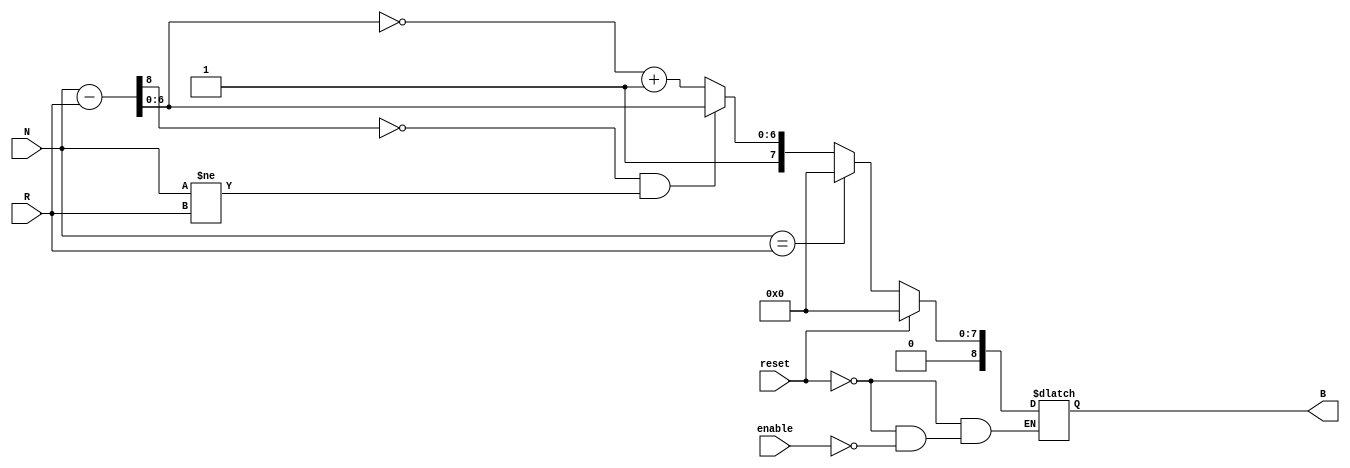
module RelativeEncoder #(
    parameter N_BITS = 8,       // Number of bits for position inputs and output
    parameter OUTPUT_BITS = N_BITS + 1 // Output bits to include direction
)(
    input wire [N_BITS-1:0] N,  // Current position input
    input wire [N_BITS-1:0] R,  // Reference position input
    input wire enable,           // Enable signal
    input wire reset,            // Reset signal
    output reg [OUTPUT_BITS-1:0] B // Binary output
);

// Internal signals for comparison
wire [N_BITS:0] difference; // To hold the difference
wire is_greater;            // Flag for N > R
wire is_equal;              // Flag for N == R

// Calculate the difference
assign difference = N - R;

// Determine comparison results
assign is_greater = (difference[N_BITS] == 1'b0) && (N != R); // N > R if sign bit is 0 and N != R
assign is_equal = (N == R); // N == R check

// Combinational logic for output
always @(*) begin
    if (reset) begin
        B = 0; // Reset output
    end else if (enable) begin
        if (is_equal) begin
            B = {1'b0, {OUTPUT_BITS-1{1'b0}}}; // No change: output = 0
        end else if (is_greater) begin
            B = {1'b1, difference[N_BITS-2:0]}; // Positive direction: MSB = 1
        end else begin
            B = {1'b1, ~difference[N_BITS-2:0] + 1'b1}; // Negative direction with 2s complement
        end
    end else begin
        B = B; // Hold current state if not enabled
    end
end

endmodule